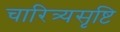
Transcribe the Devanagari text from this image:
चारित्र्यसृष्टि